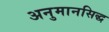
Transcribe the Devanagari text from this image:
अनुमानसिद्ध